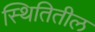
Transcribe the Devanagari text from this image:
स्थितितील